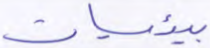
بيئيات